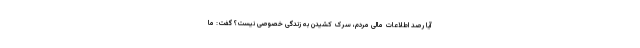
آیا رصد اطلاعات مالی مردم، سرک کشیدن به زندگی خصوصی نیست؟ گفت: ما